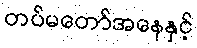
တပ်မတော်အနေနှင့်